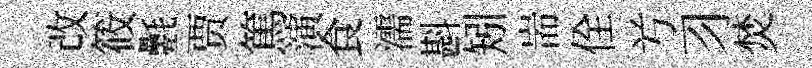
改筱氎贾篤演食濡斟矧耑佺𠔃习焚